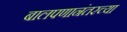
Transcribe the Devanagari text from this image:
बालपणानंतरच्या